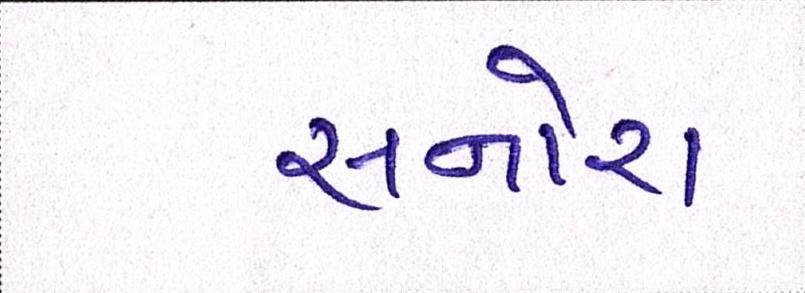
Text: સનોરા